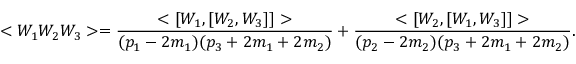
< W _ { 1 } W _ { 2 } W _ { 3 } > = \frac { < [ W _ { 1 } , [ W _ { 2 } , W _ { 3 } ] ] > } { ( p _ { 1 } - 2 m _ { 1 } ) ( p _ { 3 } + 2 m _ { 1 } + 2 m _ { 2 } ) } + \frac { < [ W _ { 2 } , [ W _ { 1 } , W _ { 3 } ] ] > } { ( p _ { 2 } - 2 m _ { 2 } ) ( p _ { 3 } + 2 m _ { 1 } + 2 m _ { 2 } ) } .